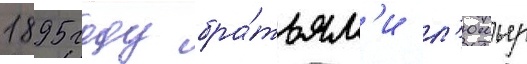
1895 году бра́тьям'и л'юмьер